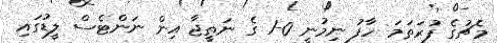
މެޗުގެ ފުރަތަމަ ހާފު ނިމުނީ 0-1 ގެ ނަތީޖާ އިން ނަންޓެސް ލީޑުގައި